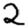
Digit: 2